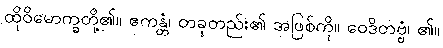
ထိုဝိမောက္ခတို့၏။ ဧကန္တံ၊ တခုတည်း၏ အဖြစ်ကို။ ဝေဒိတဗ္ဗံ၊ ၏။